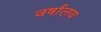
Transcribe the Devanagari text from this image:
वर्षालय